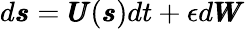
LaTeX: \begin{array}{r}{d\pmb{s}=\pmb{U}(\pmb{s})dt+\epsilon d\pmb{W}}\end{array}